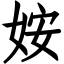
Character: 姲